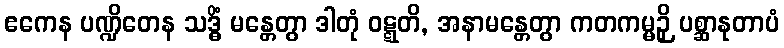
ဧကေန ပဏ္ဍိတေန သဒ္ဓိံ မန္တေတွာ ဒါတုံ ဝဋ္ဋတိ, အနာမန္တေတွာ ကတကမ္မဉှိ ပစ္ဆာနုတာပံ